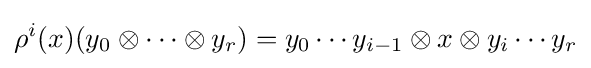
\rho ^{i}(x)(y_{0}\otimes \cdots \otimes y_{r})=y_{0}\cdots y_{i-1}\otimes x\otimes y_{i}\cdots y_{r}